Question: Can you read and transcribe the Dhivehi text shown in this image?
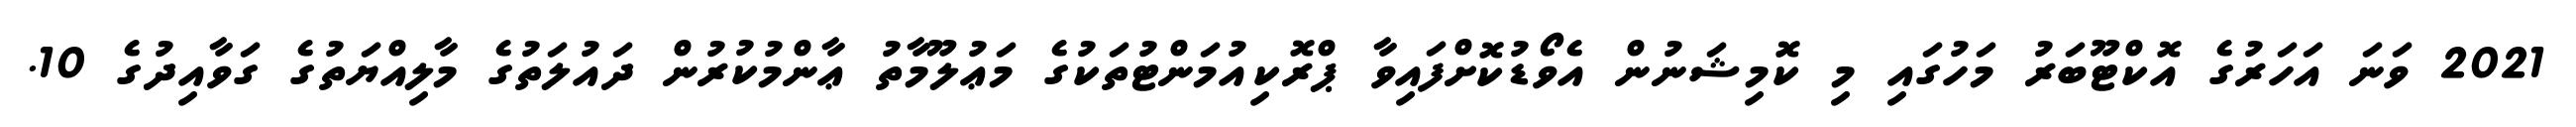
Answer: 2021 ވަނަ އަހަރުގެ އޮކްޓޫބަރު މަހުގައި މި ކޮމިޝަނުން އެވޯޑުކޮށްފައިވާ ޕްރޮކިއުމަންޓުތަކުގެ މަޢުލޫމާތު ޢާންމުކުރުން ދައުލަތުގެ މާލިއްޔަތުގެ ގަވާއިދުގެ 10.